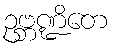
ဥဗ္ဘဏ္ဍိတေ